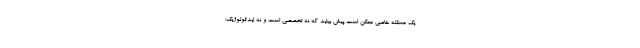
یک مسئله خاصی ممکن است پیش بیاید که نه تخصصی است و نه ایدئولوژیک؛